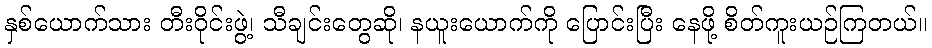
နှစ်ယောက်သား တီးဝိုင်းဖွဲ့၊ သီချင်းတွေဆို၊ နယူးယောက်ကို ပြောင်းပြီး နေဖို့ စိတ်ကူးယဉ်ကြတယ်။